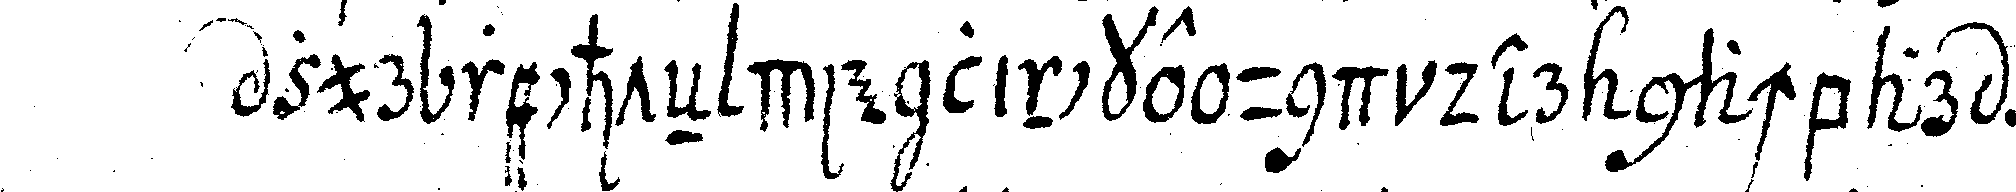
zur rechteN die lincke und der nachbar zur